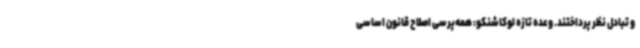
و تبادل نظر پرداختند. وعده تازه لوکاشنکو: همه‌پرسی اصلاح قانون اساسی